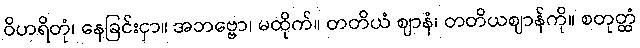
ဝိဟရိတုံ၊ နေခြင်းငှာ။ အဘဗ္ဗော၊ မထိုက်။ တတိယံ ဈာနံ၊ တတိယဈာန်ကို။ စတုတ္ထံ